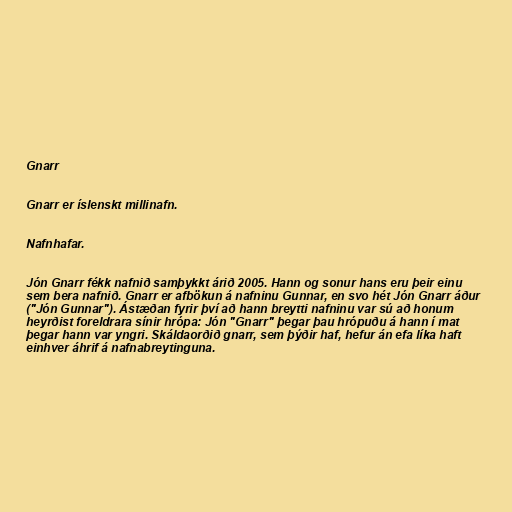
Gnarr

Gnarr er íslenskt millinafn.

Nafnhafar.

Jón Gnarr fékk nafnið samþykkt árið 2005. Hann og sonur hans eru þeir einu
sem bera nafnið. Gnarr er afbökun á nafninu Gunnar, en svo hét Jón Gnarr áður
("Jón Gunnar"). Ástæðan fyrir því að hann breytti nafninu var sú að honum
heyrðist foreldrara sínir hrópa: Jón "Gnarr" þegar þau hrópuðu á hann í mat
þegar hann var yngri. Skáldaorðið gnarr, sem þýðir haf, hefur án efa líka haft
einhver áhrif á nafnabreytinguna.